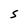
Character: S